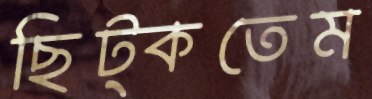
ছিট্‌কতেম